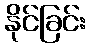
နိုင်ခြင်း